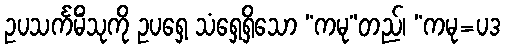
ဥပသင်္ကမိံသုကို ဥပရှေ့ သံရှေ့ရှိသော “ကမု”တည်၊ “ကမု=ပဒ